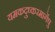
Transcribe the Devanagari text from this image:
यमकदुष्करमार्गेषु